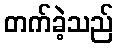
တက်ခဲ့သည်